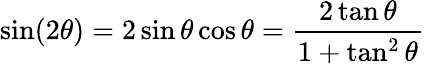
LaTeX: \sin(2\theta)=2\sin\theta\cos\theta={\frac{2\tan\theta}{1+\tan^{2}\theta}}